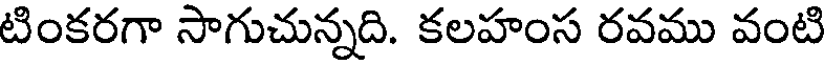
టింకరగా సాగుచున్నది. కలహంస రవము వంటి